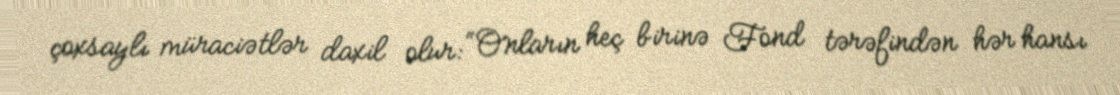
çoxsaylı müraciətlər daxil olur: “Onların heç birinə Fond tərəfindən hər hansı